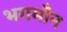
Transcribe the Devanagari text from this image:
भगमाँन